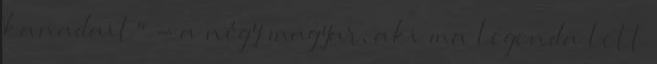
kanadait" - a négy magyar, aki ma legenda lett